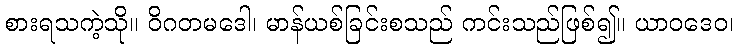
စားရသကဲ့သို။ ဝိဂတမဒေါ၊ မာန်ယစ်ခြင်းစသည် ကင်းသည်ဖြစ်၍။ ယာဝဒေဝ၊